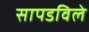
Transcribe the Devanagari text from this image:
सापडविले